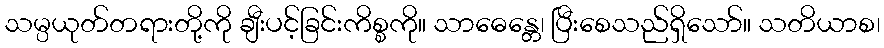
သမ္ပယုတ်တရားတို့ကို ချီးပင့်ခြင်းကိစ္စကို။ သာဓေန္တေ၊ ပြီးစေသည်ရှိသော်။ သတိယာစ၊